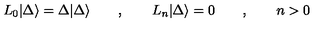
L _ { 0 } | \Delta \rangle = \Delta | \Delta \rangle \qquad , \qquad L _ { n } | \Delta \rangle = 0 \qquad , \qquad n > 0